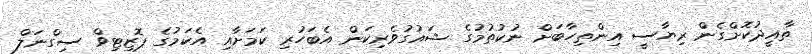
ތާއީދުކޮށްގެން ރިޔާސީ އިންތިހާބަށް ނުކުތުމުގެ ޝައުގުވެރިކަން އެބަހުރި ކަމަށާއި އެކަމުގެ ޕޮޒިޓިވް ސިގްނަލް